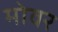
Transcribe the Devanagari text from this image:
मोवर